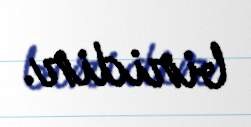
biridir.